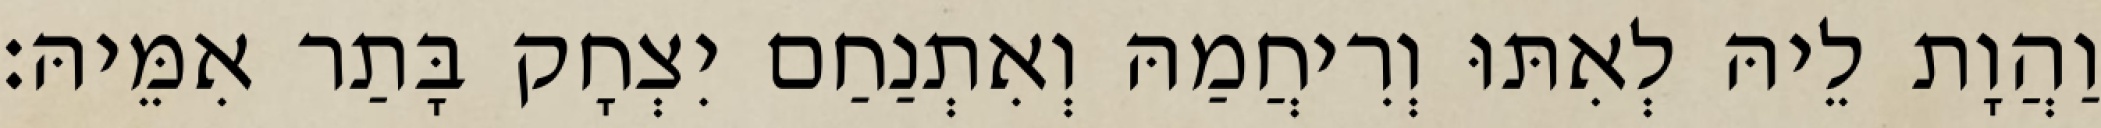
וַהֲוָת לֵיהּ לְאִתּוּ וְרִיחֲמַהּ וְאִתְנַחַם יִצְחָק בָּתַר אִמֵּיהּ׃